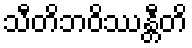
သီတိဘဝိဿန္တီတိ